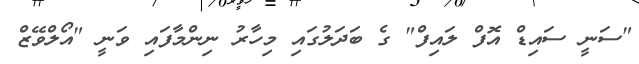
"ސަނީ ސައިޑް އޮފް ލައިފް" ގެ ބަދަލުގައި މިހާރު ނިންމާފައި ވަނީ "އޯލްވޭޒް